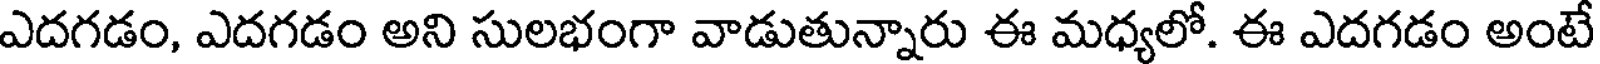
ఎదగడం, ఎదగడం అని సులభంగా వాడుతున్నారు ఈ మధ్యలో. ఈ ఎదగడం అంటే